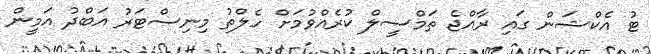
ޓު އެކްޝަން ގައި ރާއްޖެ ތަމްސީލް ކުރެއްވުމަށް ހެލްތު މިނިސްޓަރު އަބްދު އަމީން